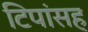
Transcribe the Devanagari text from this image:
टिपांसह